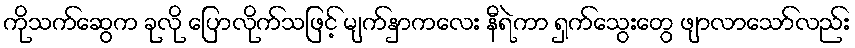
ကိုသက်ဆွေက ခုလို ပြောလိုက်သဖြင့် မျက်နှာကလေး နီရဲကာ ရှက်သွေးတွေ ဖျာလာသော်လည်း